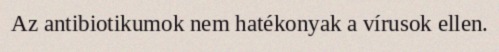
Az antibiotikumok nem hatékonyak a vírusok ellen.